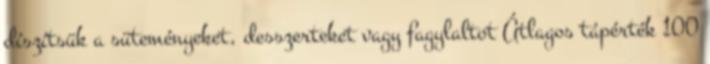
díszítsük a süteményeket, desszerteket vagy fagylaltot Átlagos tápérték 100